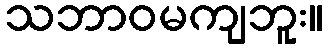
သဘာဝမကျဘူး။